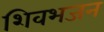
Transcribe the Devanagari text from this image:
शिवभजन